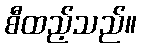
စီထည့်သည်။